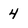
Character: 4